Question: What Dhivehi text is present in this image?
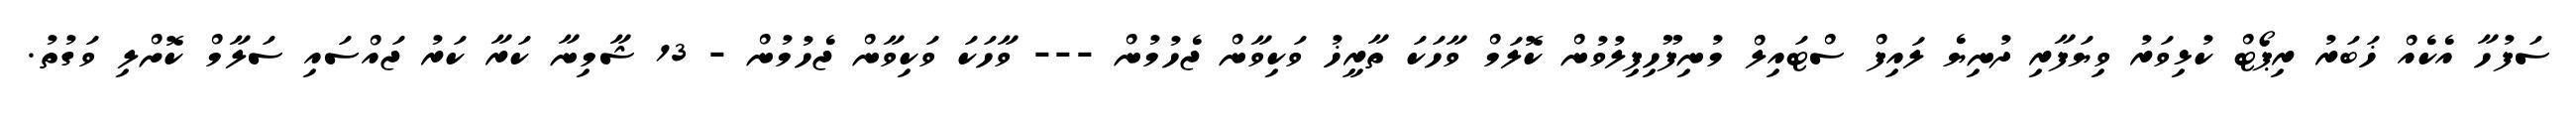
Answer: ސަފުހާ އެކެއް ޚަބަރު ރިޕޯޓް ކުޅިވަރު ވިޔަފާރި ދުނިޔެ ލައިފް ސްޓައިލް މުނިފޫހިފިލުވުން ކޮލަމް ވާހަކަ ތާރީޚު ވަކިވާން ޖެހުމުން --- ވާހަކަ ވަކިވާން ޖެހުމުން - 13 ޝާމިނާ ކަރާ ކަރު ޖައްސައި ސަލާމް ކޮށްލި ވަގުތު.